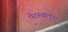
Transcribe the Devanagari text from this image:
पेरम्बलुर्